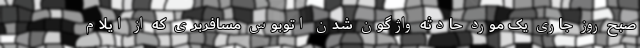
صبح روز جاری یک مورد حادثه واژگون شدن اتوبوس مسافربری که از ایلام